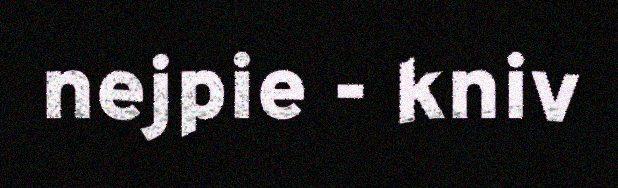
nejpie - kniv